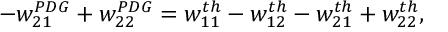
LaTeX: - w _ { 2 1 } ^ { P D G } + w _ { 2 2 } ^ { P D G } = w _ { 1 1 } ^ { t h } - w _ { 1 2 } ^ { t h } - w _ { 2 1 } ^ { t h } + w _ { 2 2 } ^ { t h } ,